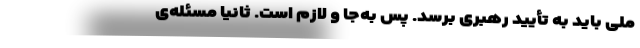
ملی باید به تأیید رهبری برسد. پس به‌جا و لازم است. ثانیاً مسئله‌ی